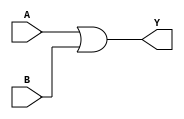
module OR2X1 (A, B, Y);
input  A ;
input  B ;
output Y ;

   or  (Y, A, B);

   specify
     // delay parameters
     specparam
       tpllh$B$Y = 0.22:0.22:0.22,
       tphhl$B$Y = 0.18:0.18:0.18,
       tpllh$A$Y = 0.17:0.17:0.17,
       tphhl$A$Y = 0.17:0.17:0.17;

     // path delays
     (A *> Y) = (tpllh$A$Y, tphhl$A$Y);
     (B *> Y) = (tpllh$B$Y, tphhl$B$Y);

   endspecify

endmodule